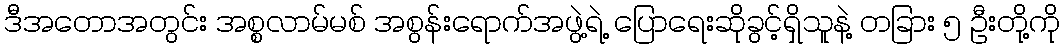
ဒီအတောအတွင်း အစ္စလာမ်မစ် အစွန်းရောက်အဖွဲ့ရဲ့ ပြောရေးဆိုခွင့်ရှိသူနဲ့ တခြား ၅ ဦးတို့ကို